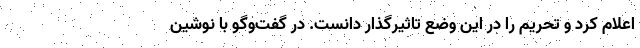
اعلام کرد و تحریم را در این وضع تاثیرگذار دانست. در گفت‌وگو با نوشین